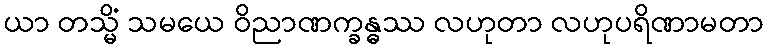
ယာ တသ္မိံ သမယေ ဝိညာဏက္ခန္ဓဿ လဟုတာ လဟုပရိဏာမတာ